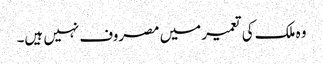
وہ ملک کی تعمیر میں مصروف نہیں ہیں۔